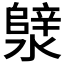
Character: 𪷣